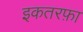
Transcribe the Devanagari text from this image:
इकतरफ़ा